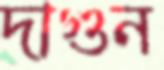
দাগুন